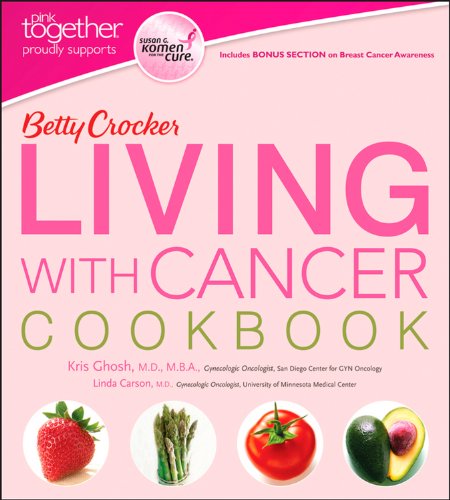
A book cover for Betty Crocker Living with Cancer Cookbook (Betty Crocker Cooking); Betty Crocker; Cookbooks, Food & Wine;